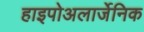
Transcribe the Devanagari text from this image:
हाइपोअलार्जेनिक